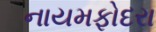
નાયમફોદરા